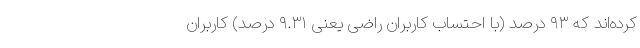
کرده‌اند که ۹۳ درصد (با احتساب کاربران راضی یعنی ۹.۳۱ درصد) کاربران